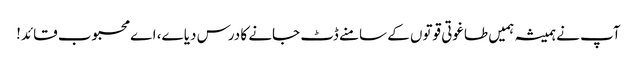
آپ نے ہمیشہ ہمیں طاغوتی قوتوں کے سامنے ڈٹ جانے کا درس دیا ے، اے محبوب قائد!